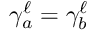
\gamma _ { a } ^ { \ell } = \gamma _ { b } ^ { \ell }